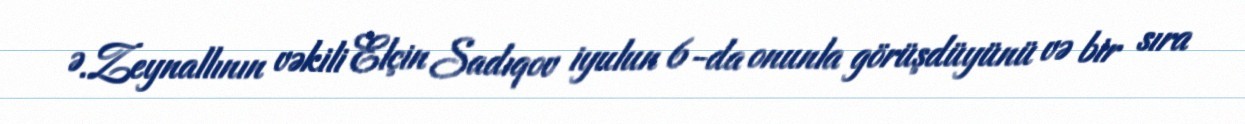
Ə.Zeynallının vəkili Elçin Sadıqov iyulun 6-da onunla görüşdüyünü və bir sıra